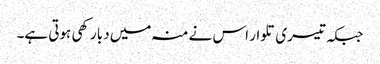
جبکہ تیسری تلوار اس نے منہ میں دبا رکھی ہوتی ہے۔